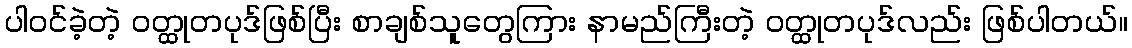
ပါဝင်ခဲ့တဲ့ ဝတ္ထုတပုဒ်ဖြစ်ပြီး စာချစ်သူတွေကြား နာမည်ကြီးတဲ့ ဝတ္ထုတပုဒ်လည်း ဖြစ်ပါတယ်။